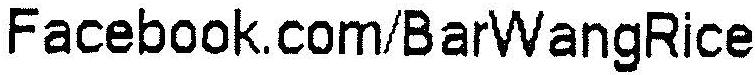
FACEBOOK.COM/BARWANGRICE